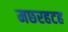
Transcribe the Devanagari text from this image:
मछरहटह